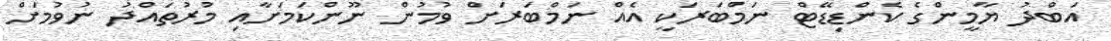
އަބްދު ޔާމީންގެ ކެންޑިޑޭޓް ނަމްބަރަކީ އެއް ނަމްބަރަށް ވުމުން ނޫންކަމަށާއި މުރުތައްދު ނުވުމަށް